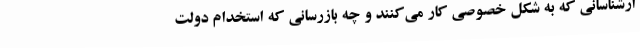
ارشناسانی که به شکل خصوصی کار می‌کنند و چه بازرسانی که استخدام دولت